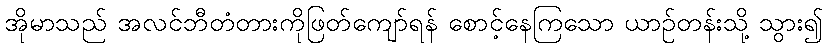
အိုမာသည် အလင်ဘီတံတားကိုဖြတ်ကျော်ရန် စောင့်နေကြသော ယာဉ်တန်းသို့ သွား၍